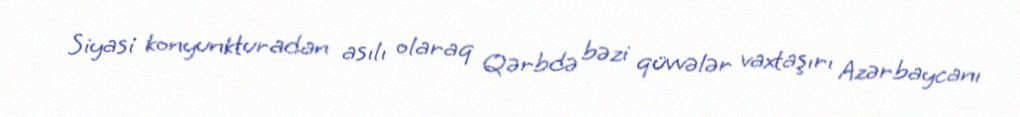
Siyasi konyunkturadan asılı olaraq Qərbdə bəzi qüvvələr vaxtaşırı Azərbaycanı